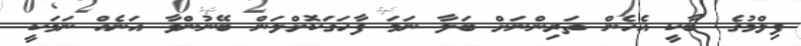
ފިލްމުގެ ބާކީ އެހެން ތަރިންނަށް ބަލާ ނަމަ ފާހަގަކޮށްލަން ބޭނުންވާ އަނެއް ނަމަކީ